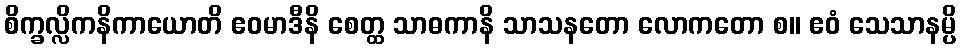
စိက္ခလ္လိကနိကာယောတိ ဧဝမာဒီနိ စေတ္ထ သာဓကာနိ သာသနတော လောကတော စ။ ဧဝံ သေသာနမ္ပိ